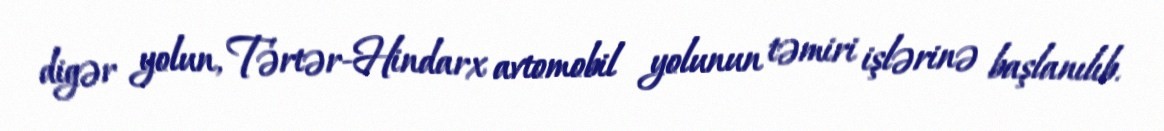
digər yolun, Tərtər-Hindarx avtomobil yolunun təmiri işlərinə başlanılıb.